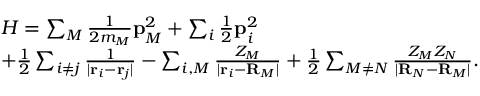
\begin{array} { r l } & { H = \sum _ { M } \frac { 1 } { 2 m _ { M } } \mathbf { p } _ { M } ^ { 2 } + \sum _ { i } \frac { 1 } { 2 } \mathbf { p } _ { i } ^ { 2 } } \\ & { + \frac { 1 } { 2 } \sum _ { i \neq j } \frac { 1 } { | \mathbf { r } _ { i } - \mathbf { r } _ { j } | } - \sum _ { i , M } \frac { Z _ { M } } { | \mathbf { r } _ { i } - \mathbf { R } _ { M } | } + \frac { 1 } { 2 } \sum _ { M \neq N } \frac { Z _ { M } Z _ { N } } { | \mathbf { R } _ { N } - \mathbf { R } _ { M } | } . } \end{array}